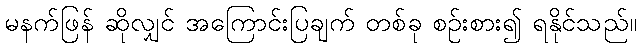
မနက်ဖြန် ဆိုလျှင် အကြောင်းပြချက် တစ်ခု စဉ်းစား၍ ရနိုင်သည်။